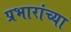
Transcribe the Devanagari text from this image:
प्रभारांच्या